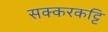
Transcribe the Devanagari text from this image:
सक्करकट्टि